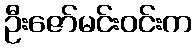
ဦးဇော်မင်းဝင်းက